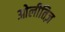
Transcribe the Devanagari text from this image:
ओलीतिज़